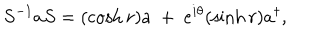
LaTeX: S ^ { - 1 } a S = ( \cosh r ) a ~ + ~ e ^ { i \theta } ( \sinh r ) a ^ { \dagger } ,